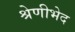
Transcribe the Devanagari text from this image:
श्रेणीभेद